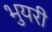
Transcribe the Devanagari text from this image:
भुयरी